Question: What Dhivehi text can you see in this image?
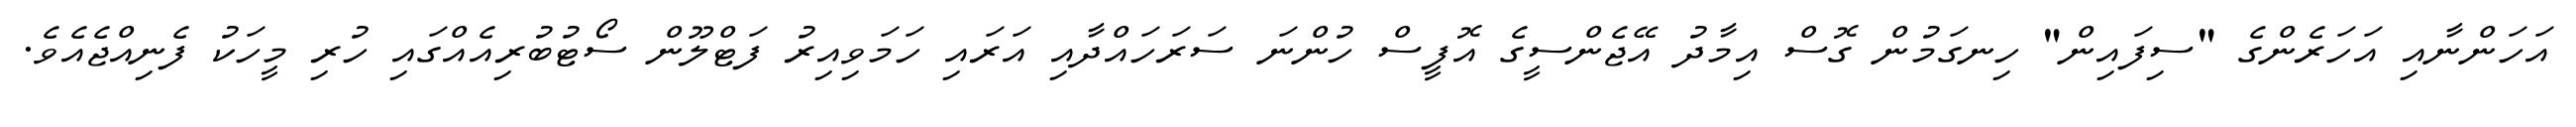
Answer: އަހަންނާއި އަހަރެންގެ "ސިފައިން" ހިނގަމުން ގޮސް އިމާދު އޭޖެންސީގެ އޮފީސް ހުންނަ ސަރަހައްދާއި އަރައި ހަމަވިއިރު ފަޓްލޫން ސޯޓުބުރިއެއްގައި ހުރި މީހަކު ފެނިއްޖެއެވެ.